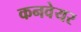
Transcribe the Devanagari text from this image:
कनवेयर